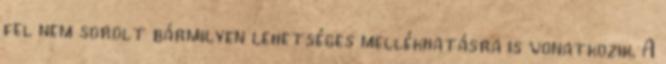
fel nem sorolt bármilyen lehetséges mellékhatásra is vonatkozik. A